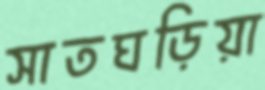
সাতঘড়িয়া